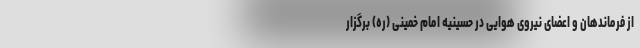
از فرماندهان و اعضای نیروی هوایی در حسینیه‌ امام خمینی (ره) برگزار